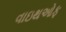
વાઇથઓફ